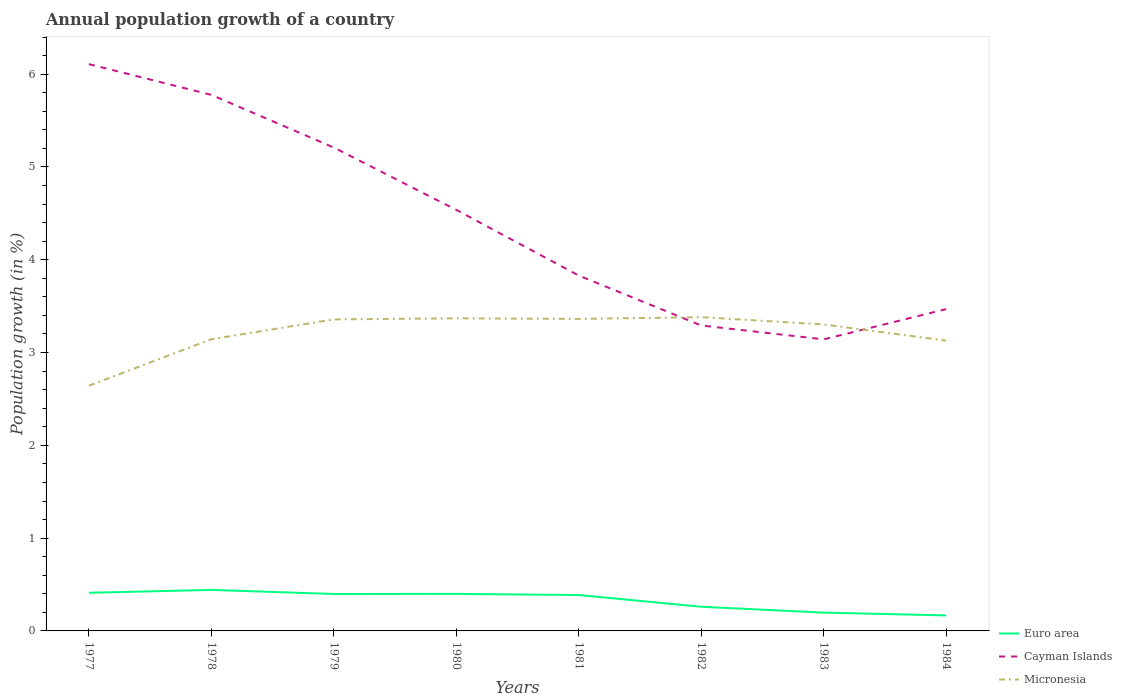
| Years | Euro area | Cayman Islands | Micronesia |
 | --- | --- | --- | --- |
 | 1977 | 0.411 | 6.11 | 2.64 |
 | 1978 | 0.442 | 5.78 | 3.14 |
 | 1979 | 0.398 | 5.21 | 3.36 |
 | 1980 | 0.399 | 4.54 | 3.37 |
 | 1981 | 0.387 | 3.83 | 3.36 |
 | 1982 | 0.26 | 3.29 | 3.38 |
 | 1983 | 0.197 | 3.14 | 3.3 |
 | 1984 | 0.167 | 3.47 | 3.13 |